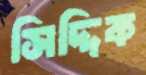
সিদ্দিক